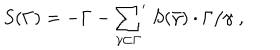
S ( \Gamma ) = - \Gamma - { \sum _ { \gamma \subset \Gamma } } ^ { \prime } \; S ( \bar { \gamma } ) \cdot \Gamma / \gamma \; ,